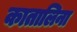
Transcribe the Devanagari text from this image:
कातालिना